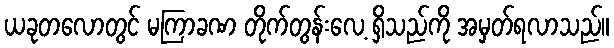
ယခုတလောတွင် မကြာခဏ တိုက်တွန်းလေ့ ရှိသည်ကို အမှတ်ရလာသည်။